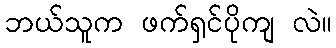
ဘယ်သူက ဖက်ရှင်ပိုကျ လဲ။